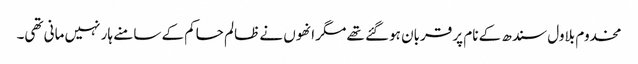
مخدوم بلاول سندھ کے نام پر قربان ہوگئے تھے مگر انھوں نے ظالم حاکم کے سامنے ہار نہیں مانی تھی۔